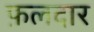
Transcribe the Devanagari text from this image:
फ़लदार